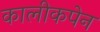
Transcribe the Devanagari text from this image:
कालीकपेन